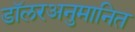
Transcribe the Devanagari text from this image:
डॉलरअनुमानित